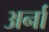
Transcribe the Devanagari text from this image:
अर्ना